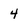
Character: 4